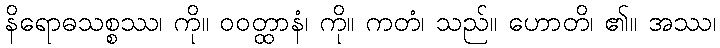
နိရောဓသစ္စဿ၊ ကို။ ဝဝတ္ထာနံ၊ ကို။ ကတံ၊ သည်။ ဟောတိ၊ ၏။ အဿ၊